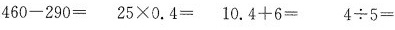
$$460-290= $$ $$25×0.4=$$ $$10.4+6=$$ $$ 4{\div} 5= $$